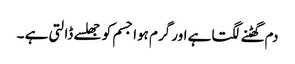
دم گھٹنے لگتا ہے اور گرم ہوا جسم کو جھلسے ڈالتی ہے ۔